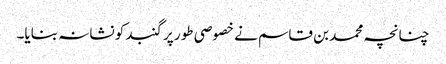
چنانچہ محمد بن قاسم نے خصوصی طور پر گنبد کو نشانہ بنایا۔